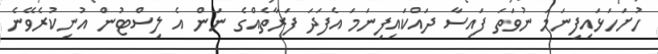
ހުށަހަޅައިފިނަމަ ނުވަތަ ފައިސާ ދައްކައިފިނަމަ އެފަދަ ފަރާތެއްގެ ނަން އެ ލިސްޓުން އުނިކުރެވޭނެ